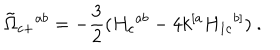
LaTeX: { \tilde { \Omega } } _ { c + } { } ^ { a b } = - { \frac { 3 } { 2 } } ( H _ { c } { } ^ { a b } - 4 k ^ { [ a } H _ { 1 c } { } ^ { b ] } ) \ .